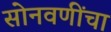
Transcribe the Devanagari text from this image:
सोनवणींचा